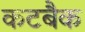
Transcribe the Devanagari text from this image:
कटबैक